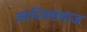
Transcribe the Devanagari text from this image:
आदिमसमाज